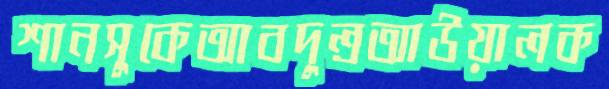
শানসুকেআবদুল্রআউয়ালক